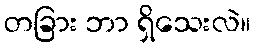
တခြား ဘာ ရှိသေးလဲ။